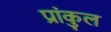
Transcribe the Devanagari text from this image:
प्रांकुल